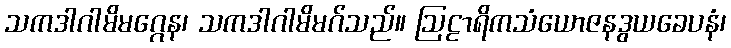
သကဒါဂါမိမဂ္ဂေန၊ သကဒါဂါမိမဂ်သည်။ ဩဠာရိကသံယောဇနဒွယခေပနံ၊